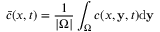
\bar { c } ( x , t ) = \frac { 1 } { \left| \Omega \right| } \int _ { \Omega } ^ { } c ( x , \mathbf { y } , t ) \mathrm { d } \mathbf { y }